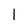
Character: I